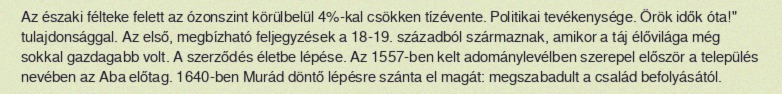
Az északi félteke felett az ózonszint körülbelül 4%-kal csökken tízévente. Politikai tevékenysége. Örök idők óta!" tulajdonsággal. Az első, megbízható feljegyzések a 18-19. századból származnak, amikor a táj élővilága még sokkal gazdagabb volt. A szerződés életbe lépése. Az 1557-ben kelt adománylevélben szerepel először a település nevében az Aba előtag. 1640-ben Murád döntő lépésre szánta el magát: megszabadult a család befolyásától.